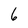
Character: 6